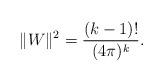
LaTeX: \begin{align*} \| W \|^2 = \frac{(k-1)!}{(4\pi)^k}.\end{align*}